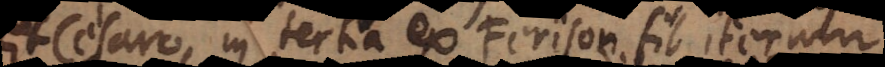
fit Cesaro, in tertia ex Ferison fit iterum